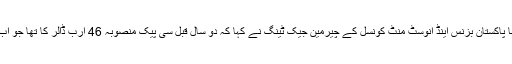
سیمینار سے خطاب کرتے ہوئے چائنا پاکستان بزنس اینڈ انوسٹ منٹ کونسل کے چیرمین جیک ٹینگ نے کہا کہ دو سال قبل سی پیک منصوبہ 46 ارب ڈالر کا تھا جو اب سو ارب ڈالر سے تجاوز کرچکا ہے۔